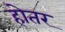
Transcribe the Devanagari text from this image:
होतर